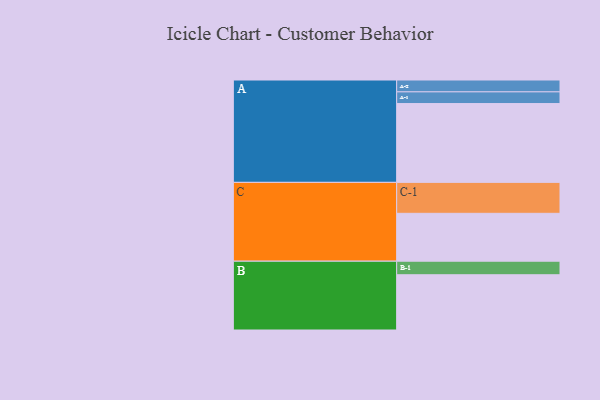
{"axis": {"x": "Segment", "y": "Value"}, "legend": ["", "A", "B", "C"], "data": [{"x": "A", "y": 512, "type": ""}, {"x": "B", "y": 359, "type": ""}, {"x": "C", "y": 311, "type": ""}, {"x": "A-1", "y": 76, "type": "A"}, {"x": "A-2", "y": 77, "type": "A"}, {"x": "B-1", "y": 88, "type": "B"}, {"x": "C-1", "y": 201, "type": "C"}]}